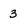
Character: 3